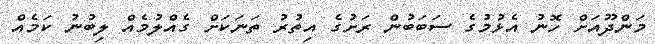
މަންދޫއަށް ހޮނު އެޅުމުގެ ސަބަބުން ރަށުގެ އިތުރު ތަނަކަށް ގެއްލުމެއް ލިބުނު ކަމެއް